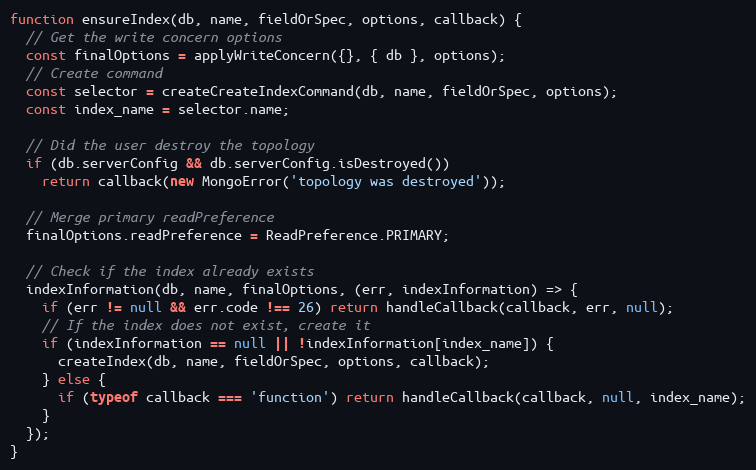
Language: JavaScript
function ensureIndex(db, name, fieldOrSpec, options, callback) {
  // Get the write concern options
  const finalOptions = applyWriteConcern({}, { db }, options);
  // Create command
  const selector = createCreateIndexCommand(db, name, fieldOrSpec, options);
  const index_name = selector.name;

  // Did the user destroy the topology
  if (db.serverConfig && db.serverConfig.isDestroyed())
    return callback(new MongoError('topology was destroyed'));

  // Merge primary readPreference
  finalOptions.readPreference = ReadPreference.PRIMARY;

  // Check if the index already exists
  indexInformation(db, name, finalOptions, (err, indexInformation) => {
    if (err != null && err.code !== 26) return handleCallback(callback, err, null);
    // If the index does not exist, create it
    if (indexInformation == null || !indexInformation[index_name]) {
      createIndex(db, name, fieldOrSpec, options, callback);
    } else {
      if (typeof callback === 'function') return handleCallback(callback, null, index_name);
    }
  });
}